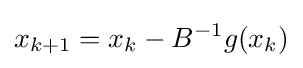
x_{k+1}=x_{k}-B^{-1}g(x_{k})